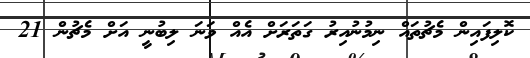
ކޮލިފައިން މެޗުތައް ނިމުނުއިރު ގަތަރަށް އެއް ވަނަ ލިބުނީ އަށް މެޗުން 21